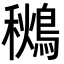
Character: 𪃩